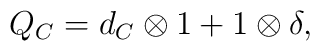
Q_{C} = d_{C}\otimes 1 + 1\otimes \delta,